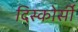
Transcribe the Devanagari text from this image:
दिस्कोर्सी